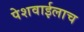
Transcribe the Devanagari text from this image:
पेशवाईलाच